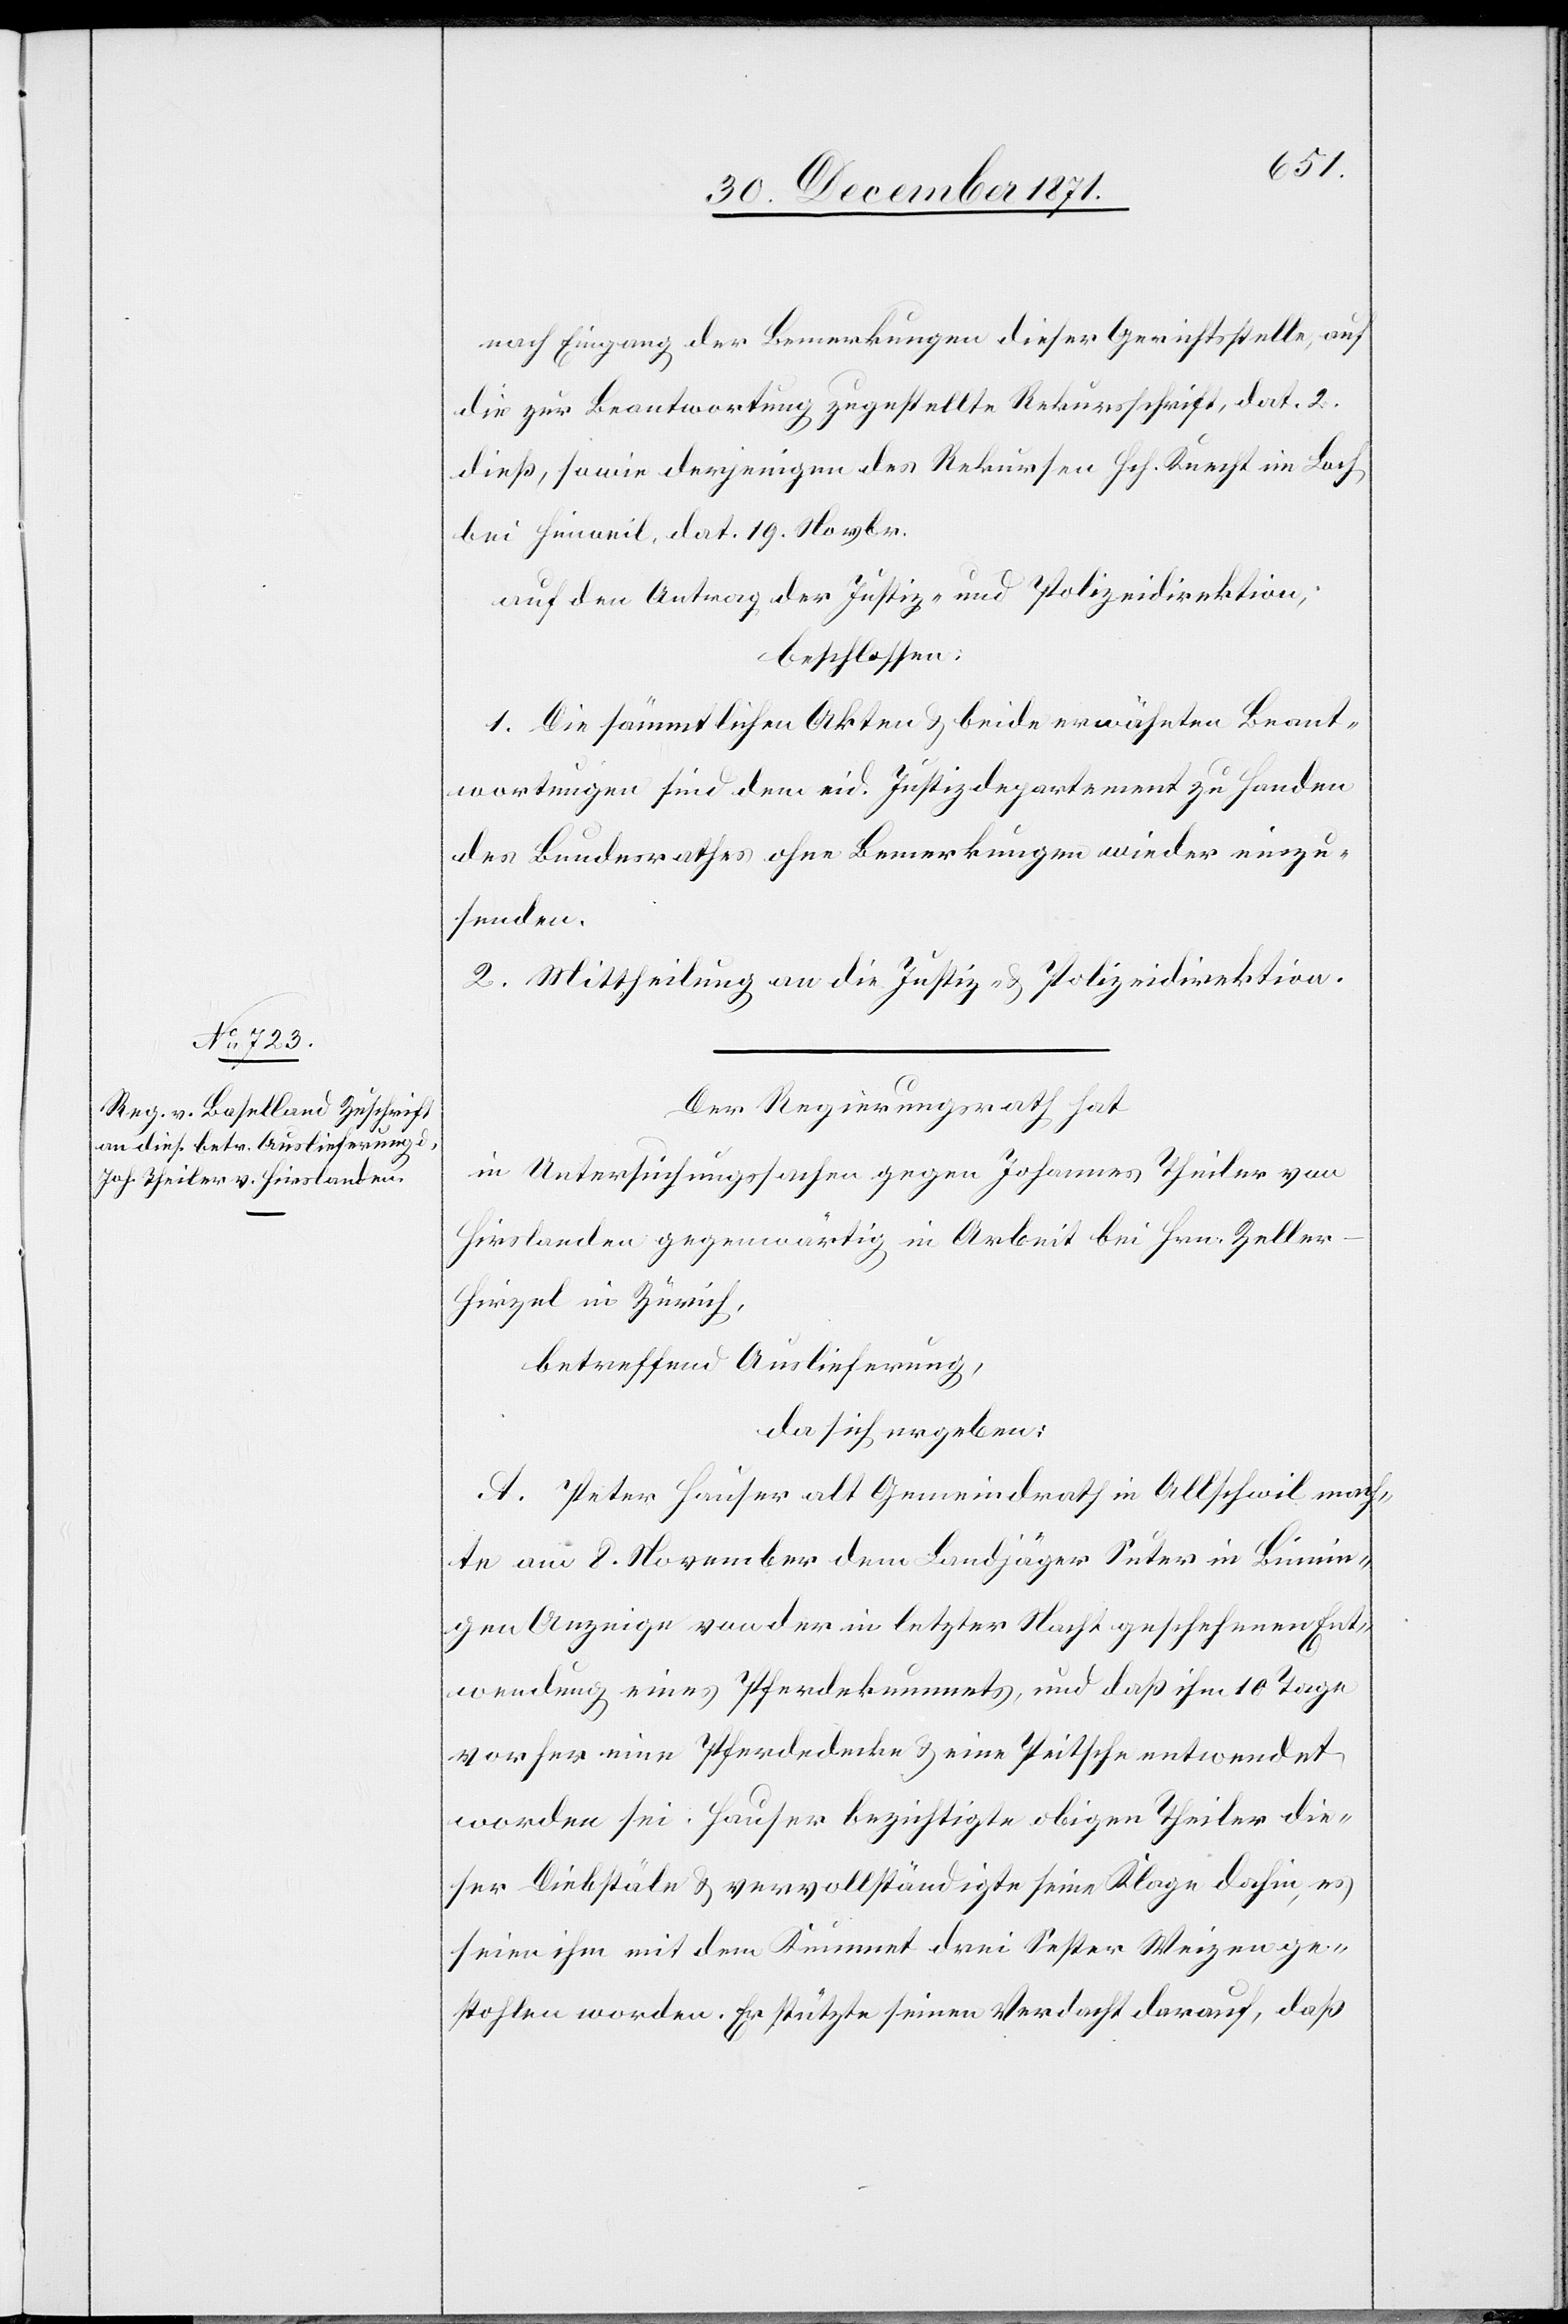
nach Eingang der Bemerkungen dieser Gerichtsstelle, auf
die zur Beantwortung zugestellte Rekursschrift, dat. 2.
dieß, sowie derjenigen des Rekursen Hch. Knecht in Bach
bei Hinweil, dat. 19. Novbr.
auf den Antrag der Justiz- und Polizeidirektion,
beschlossen:
1. Die sämmtlichen Akten & beide erwähnten Beant¬
wortungen sind dem eid. Justizdepartement zu Handen
des Bundesrathes ohne Bemerkungen wieder einzu¬
senden.
2. Mittheilung an die Justiz- & Polizeidirektion.
Der Regierungsrath hat,
in Untersuchungssachen gegen Johannes Theiler von
Hirslanden gegenwärtig in Arbeit bei Hrn. Zeller-H¬
irzel in Zürich,
betreffend Auslieferung,
da sich ergeben:
A. Peter Hauser alt Gemeindrath in Allschwil mach¬
te am 8. November dem Landjäger Suter in Leinin¬
gen Anzeige von der in letzter Nacht geschehenen Ent¬
wendung eines Pferdekummets, und daß ihm 10 Tage
vorher eine Pferdedecke & eine Peitsche entwendet
worden sei. Hauser bezichtigte obigen Theiler die¬
ser Diebstäle & vervollständigte seine Klage dahin, es
seien ihm mit dem Kummet drei Sester Weizen ge¬
stohlen worde. Er stützte seinen Verdacht darauf, daß